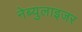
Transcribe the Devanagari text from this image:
नेब्युलाइजर